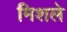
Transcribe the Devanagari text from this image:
मिशले